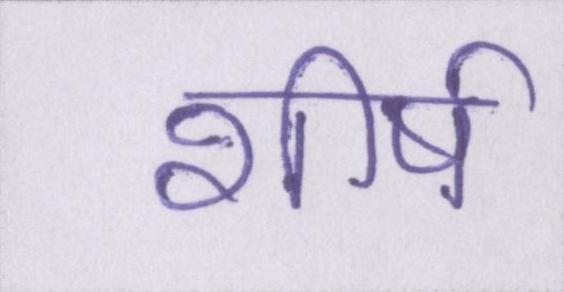
शीर्ष